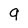
Character: 9